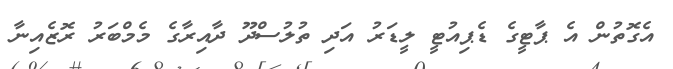
އެގޮތުން އެ ޕާޓީގެ ޑެޕިއުޓީ ލީޑަރު އަދި ތުލުސްދޫ ދާއިރާގެ މެމްބަރު ރޮޒެއިނާ